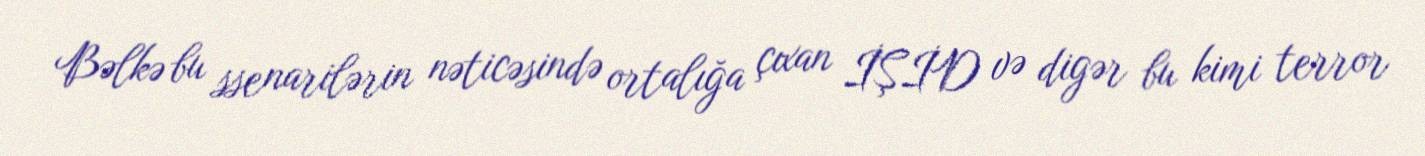
Bəlkə bu ssenarilərin nəticəsində ortalığa çıxan İŞİD və digər bu kimi terror